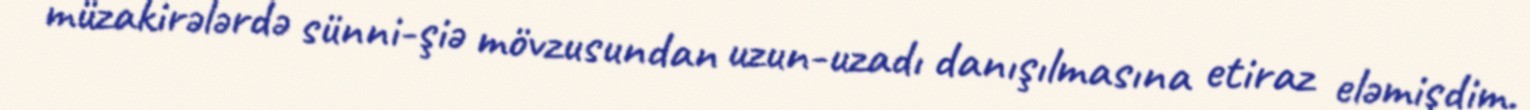
müzakirələrdə sünni-şiə mövzusundan uzun-uzadı danışılmasına etiraz eləmişdim.